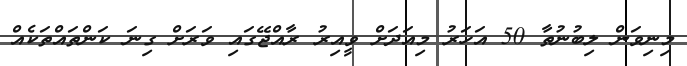
މިނިވަން ލިބުނުތާ 50 އަހަރު މިއަދަށް ވީއިރުު ރާއްޖޭގައި ވަރަށް ގިނަ ކަންތައްތަކެއް